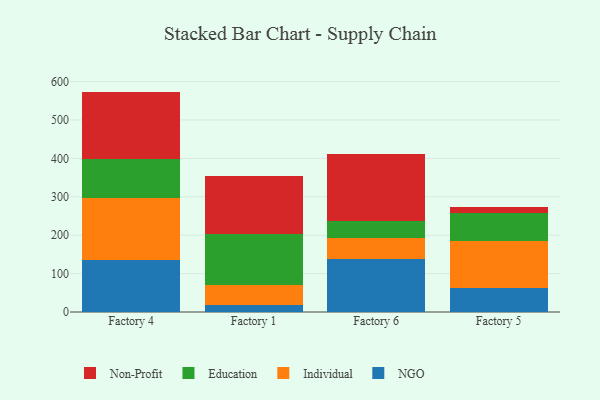
{"axis": {"x": "Factory", "y": "Customer Acquisition Cost (USD)"}, "legend": ["Education", "Individual", "NGO", "Non-Profit"], "data": [{"x": "Factory 4", "y": 134.5, "type": "NGO"}, {"x": "Factory 4", "y": 161.7, "type": "Individual"}, {"x": "Factory 4", "y": 101.8, "type": "Education"}, {"x": "Factory 4", "y": 175.9, "type": "Non-Profit"}, {"x": "Factory 1", "y": 19.3, "type": "NGO"}, {"x": "Factory 1", "y": 52.0, "type": "Individual"}, {"x": "Factory 1", "y": 131.4, "type": "Education"}, {"x": "Factory 1", "y": 150.2, "type": "Non-Profit"}, {"x": "Factory 6", "y": 136.9, "type": "NGO"}, {"x": "Factory 6", "y": 56.3, "type": "Individual"}, {"x": "Factory 6", "y": 43.0, "type": "Education"}, {"x": "Factory 6", "y": 175.2, "type": "Non-Profit"}, {"x": "Factory 5", "y": 63.4, "type": "NGO"}, {"x": "Factory 5", "y": 121.2, "type": "Individual"}, {"x": "Factory 5", "y": 73.2, "type": "Education"}, {"x": "Factory 5", "y": 14.7, "type": "Non-Profit"}]}